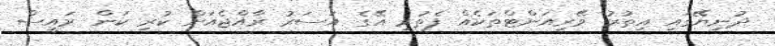
ދުނިޔޭގައި އިތުރު ވޭރިއަންޓްތަކެއް ފެތުރި އޭގެ އަސަރު ރާއްޖެއަށް ކުރި ކަން ރައީސް